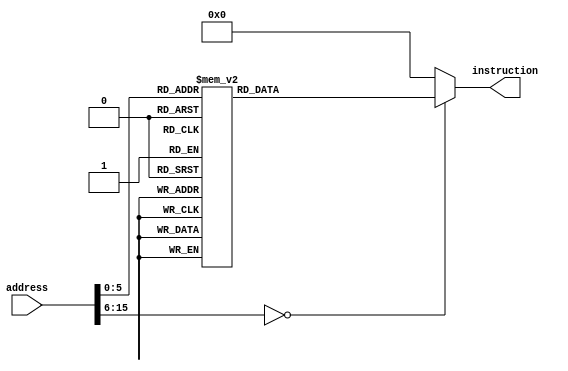
module instructionMemory (input [15:0] address,
						  output reg [15:0] instruction );
			
	always @ (*)
	begin
		case(address)
		16'h0000: instruction = 16'b1111000100100000;
		16'h0002: instruction = 16'b1111000100100001;
		16'h0004: instruction = 16'b1001001111111111;
		16'h0006: instruction = 16'b1000001101001100;
		16'h0008: instruction = 16'b1111010101100100;
		16'h000a: instruction = 16'b1111000101010101;
		16'h000c: instruction = 16'b1111111111110001;
		16'h000e: instruction = 16'b1111010010000111;
		16'h0010: instruction = 16'b1111010001101000;
		16'h0012: instruction = 16'b1001010000000010;
		16'h0014: instruction = 16'b1010011010010100;
		16'h0016: instruction = 16'b1011011010010110;
		16'h0018: instruction = 16'b1100011010010110;
		16'h001a: instruction = 16'b0110011100000100;
		16'h001c: instruction = 16'b1111101100010000;
		16'h001e: instruction = 16'b0101011100000101;
		16'h0020: instruction = 16'b1111101100100000;
		16'h0022: instruction = 16'b0100011100000010;
		16'h0024: instruction = 16'b1111000100010000;
		16'h0026: instruction = 16'b1111000100010000;
		16'h0028: instruction = 16'b1100100010010000;
		16'h002a: instruction = 16'b1111100010000000;
		16'h002c: instruction = 16'b1101100010010010;
		16'h0030: instruction = 16'b1100101010010010;
		16'h0032: instruction = 16'b1111110111010001;
		16'h0034: instruction = 16'b1111110011010000;
		16'h0036: instruction = 16'hEFFF;
		default: instruction = 16'h0000;
		endcase
	end
endmodule